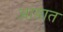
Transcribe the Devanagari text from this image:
आडात